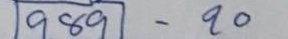
989 - 20